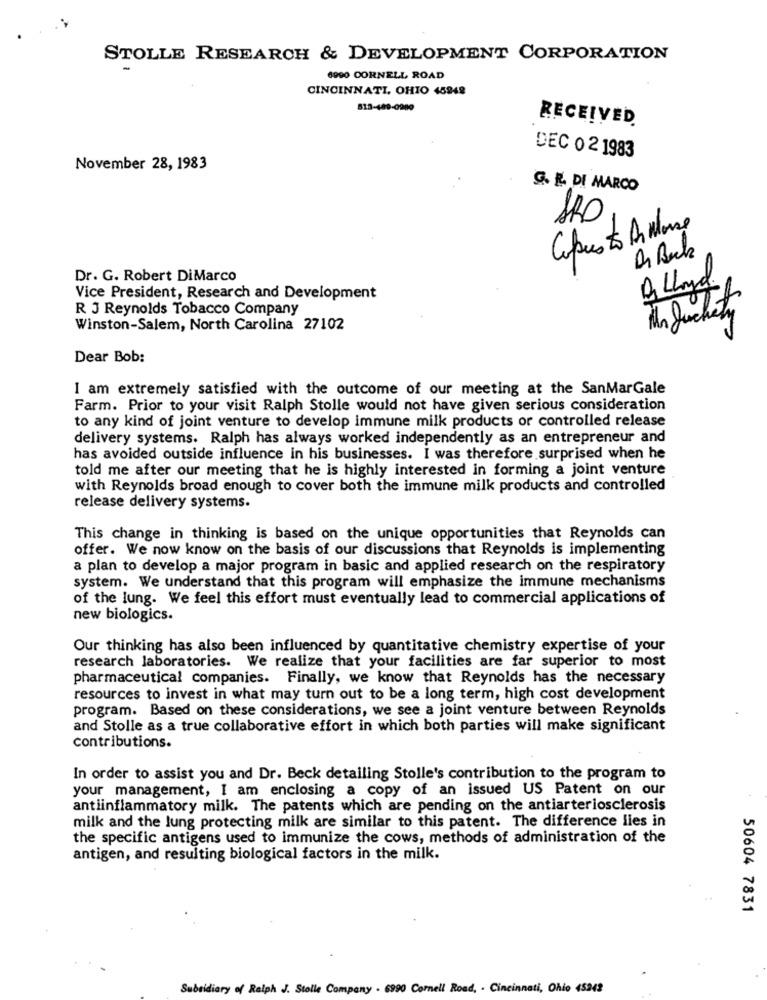
STOLLE RESEARCH & DEVELOPMENT CORPORATION
-
6990 CORNELL ROAD
CINCINNATI, OHIO 45248
813-489-0980
RECEIVED
DEC 0 2 1983
November 28, 1983
G. E DI MARCO
ARO
Capus to An Mousse
Dr. G. Robert DiMarco
Vice President, Research and Development
R J Reynolds Tobacco Company
30
Winston-Salem, North Carolina 27102
Dear Bob:
I am extremely satisfied with the outcome of our meeting at the SanMarGale
Farm. Prior to your visit Ralph Stolle would not have given serious consideration
to any kind of joint venture to develop immune milk products or controlled release
delivery systems. Ralph has always worked independently as an entrepreneur and
has avoided outside influence in his businesses. I was therefore surprised when he
told me after our meeting that he is highly interested in forming a joint venture
with Reynolds broad enough to cover both the immune milk products and controlled
release delivery systems.
This change in thinking is based on the unique opportunities that Reynolds can
offer. We now know on the basis of our discussions that Reynolds is implementing
a plan to develop a major program in basic and applied research on the respiratory
system. We understand that this program will emphasize the immune mechanisms
of the lung. We feel this effort must eventually lead to commercial applications of
new biologics.
Our thinking has also been influenced by quantitative chemistry expertise of your
research laboratories. We realize that your facilities are far superior to most
pharmaceutical companies. Finally, we know that Reynolds has the necessary
resources to invest in what may turn out to be a long term, high cost development
program. Based on these considerations, we see a joint venture between Reynolds
and Stolle as a true collaborative effort in which both parties will make significant
contributions.
In order to assist you and Dr. Beck detailing Stolle's contribution to the program to
your management, I am enclosing a copy of an issued US Patent on our
antiinflammatory milk. The patents which are pending on the antiarteriosclerosis
milk and the lung protecting milk are similar to this patent. The difference lies in
the specific antigens used to immunize the cows, methods of administration of the
antigen, and resulting biological factors in the milk.
50604 7831
Subsidiary of Ralph J. Stolle Company . 6990 Cornell Road, - Cincinnati, Ohio 45242